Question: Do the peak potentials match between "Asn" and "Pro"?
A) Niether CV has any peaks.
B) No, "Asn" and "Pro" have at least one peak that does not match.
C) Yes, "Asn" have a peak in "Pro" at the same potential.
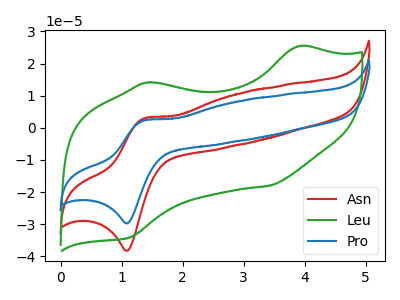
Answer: <think>The red curve "Asn" has an anodic peak at (1.40V, 3.00uA) and a cathodic peak at (1.10V, -38.25uA). The green curve "Leu" has anodic peaks at (3.90V, 25.40uA) (1.40V, 14.10uA) and cathodic peaks at (3.40V, -18.00uA) (1.10V, -34.15uA). The blue curve "Pro" has an anodic peak at (1.40V, 2.35uA) and a cathodic peak at (1.10V, -29.70uA).</think>
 <answer>C) Yes, "Asn" have a peak in "Pro" at the same potential.</answer>
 <eval>C</eval>